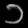
Digit: ၁